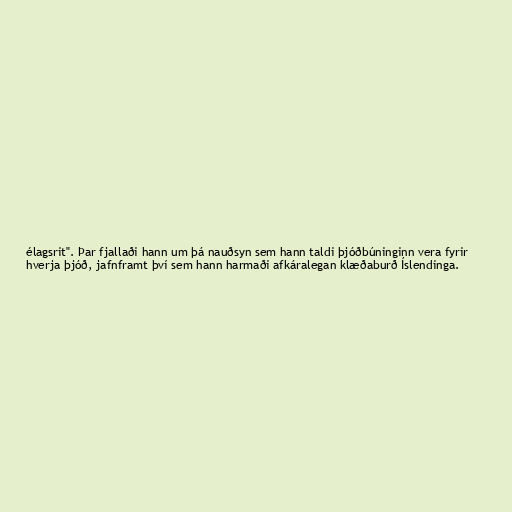
élagsrit". Þar fjallaði hann um þá nauðsyn sem hann taldi þjóðbúninginn vera fyrir
hverja þjóð, jafnframt því sem hann harmaði afkáralegan klæðaburð Íslendinga.